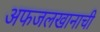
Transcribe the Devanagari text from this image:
अफजलखानाची